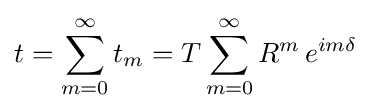
t=\sum _{m=0}^{\infty }t_{m}=T\sum _{m=0}^{\infty }R^{m}\,e^{im\delta }